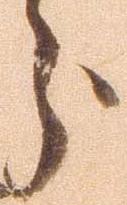
分